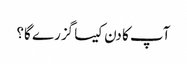
آپ کا دن کیسا گزرے گا؟